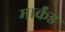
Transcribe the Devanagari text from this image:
मार्कंड